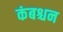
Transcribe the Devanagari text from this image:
कंबश्चन